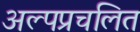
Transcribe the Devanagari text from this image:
अल्पप्रचलित